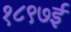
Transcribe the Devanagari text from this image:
१८९७ई